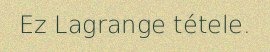
Ez Lagrange tétele.